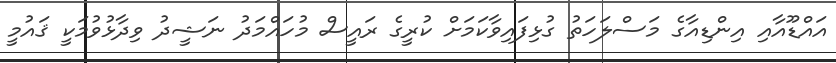
އައްޑޫއާއި އިންޑިއާގެ މަސްލަހަތު ގުޅިފައިވާކަމަށް ކުރީގެ ރައީސް މުހައްމަދު ނަޝީދު ވިދާޅުވުމަކީ ޤައުމީ